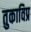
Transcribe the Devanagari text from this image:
तुकाविप्र